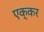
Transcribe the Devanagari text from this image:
एक्कर